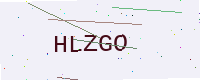
Text: HLZGO